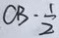
O B \cdot \frac { 1 } { 2 }